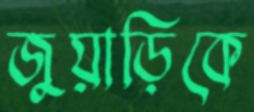
জুয়াড়িকে